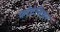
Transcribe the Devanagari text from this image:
फोंटेनियर